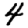
Digit: 4